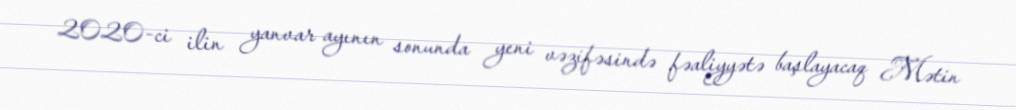
2020-ci ilin yanvar ayının sonunda yeni vəzifəsində fəaliyyətə başlayacaq Mətin